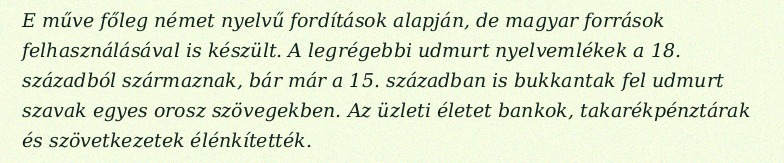
E műve főleg német nyelvű fordítások alapján, de magyar források felhasználásával is készült. A legrégebbi udmurt nyelvemlékek a 18. századból származnak, bár már a 15. században is bukkantak fel udmurt szavak egyes orosz szövegekben. Az üzleti életet bankok, takarékpénztárak és szövetkezetek élénkítették.